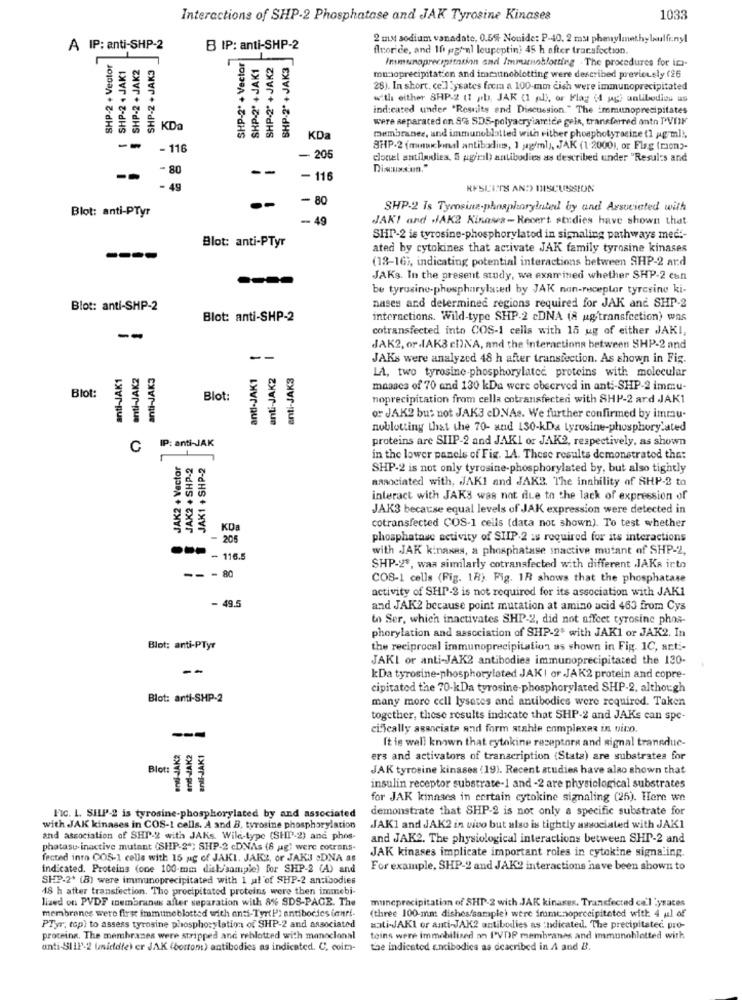
Interactions of SHP-2 Phosphatase and JAK Tyrosine Kinases
1033
2 mM sodium vanadate, 0.5% Nonide: P-40, 2 ms phenylmethylwulfenyl
A IP: anti-SHP-2
B IP: anti-SHP-2
fluoride, and 10 przonl leupoptin; 45 h after transfection.
SHP-2 + Vector
SHP-2 + JAK1
SHP-2 + JAK2
SHP-2* + Vector
SHP-2' +JAK1
SHP-2' + JAK2
SHP-2º + JAK3
Immumaprecipitation and Immuarnoblotting . The procedures for in-
SHP-2 + JAK3
mu:oprecipitation and immunoblotting were described previously (26
28). In short, ce.] Sysates freia a 100-mm dish were immunoprecipitated
with either SHP-2 (1 pb, JAK (1 pl), or Flag ( g) unlibodiou us
indicated under "Resuits and Discussion." The immunoprecipitates
were separated on 8% SDS-polyacrylamide geis, transferred antn PVIII
KDO
KDa
membranee, and immunoblatted with either phosphotyracine (1 pg ml !.
--
- 116
SHP-2 (minnickindl antibodies, 1 g/ml), JAK (1-2000), or Flag (rien"-
-205
clonel antiladies, 5 agirl) antibodies as described under "Results and
-80
--
--
-116
- 49
RESULTS AND DISCUSSION
-80
Blot: anti-PTyr
SHP-2 Is Tymsina-phosphorylated by and Associated with
- 49
JAK! and JAK2 Kinasa- Recert studies have shown that
Blot: anti-PTyr
SHT-2 is tyrosine-phosphorylatod in signaling pathways med :-
ated by cytokines that activate JAK family tyrosine kinases
(13-16), indicating potential interactions between SHP-2 and
JAKs. In the present study, wa examined whether SHP-2 can
be tyrosine-phospharylated by JAK nan-receptor tyrcrine ki-
Blot: anti-SHP-2
nases and determined regions required for JAK anc SHP-2
Blot: anti-SHP-2
interactions. Wild-type SHP-2 cDNA (8 ug'transfection) was
cotransfected into COS-1 cells with 15 ug of either JAKI,
--
JAK2, or JAK3 cl)NA, and the interactions between SHP-2 and
--
JAKs were analyzed 48 h after transfection. As shown in Fig.
anti-JAK1
anti-JAK2
anti-JAK3
anti-JAK1
anti-JAK2
anti-JAK3
LA, two tyrosine-phosphorylatec. proteins with molecular
maasca of 70 and 130 kDa were obecrved in anti-SHP-2 immu-
Blot:
Blot:
noprecipitation from cella cotransfected with 8HP-2 ard JAK1
or JAK2 but not JAK3 cD.NAs. We further confirmed by immu-
noblotting that the 70- and 130-kDa tyrosine-phosphory'ated
proteins are SIIP-2 and JAK1 or JAK2, respectively, as shown
C IP: anti-JAK
JAK2 + Vector
JAK2 + SHP-2
JAK1 + SHP-2
in the lower panels of Fig. 14. These results demonstrated that
SHP-2 is not only tyrosine-phosphorylated by, but also tightly
aasociated with, JAKI and JAK2. The inability of SHP-2 to
interact with JAKS was not due to the lack of expression of
JAK3 because equal levels of JAK expression were detected in
KDa
cotransfected COS-1 cells (data not shown). To test whether
- 205
phosphatase activity of SHIP.2 as required for its interactions
with JAK kinases, a phosphatase mactive mutant of SHP-2,
.-- - 116.5
SHP-23, waa similarly cotransfected with different JAKR into
-- - 80
COS-1 cells (Fig. 18). Fig. 1R shows that the phosphatase
activity of SHP-2 is not required for its association with JAK1
- 49.5
and JAK2 because point mutation at amino acid 463 from Cys
to Ser, which inactivates SHP-2, did not affect tyrosine phos-
phorylation and association of SHP-2' with JAK1 or JAK2. In
Blot: anti-PTyr
the reciprocal immunoprecipitation as shown in Fig. 1C, anti-
JAKI or anti-JAK2 antibodies immunoprecipitated the 130-
--
kDa tyrosine-phosphorylated JAK ! or JAK2 protein and copre-
cipitated the 70-kDa tyrosine-phosphorylated SHP-2, although
Blot: anti-SHP-2
many more cell lysetes and antibodies were required. Taken
together, these results indicate that SHP-2 and JAKs can spe-
cifically asanciate and form stahle complexes in vino.
enti-JAK2
and-JAK2
anti-JAK1
It is well known that cytokine reseptore and signal transdue-
ers and activators of transcription (Stata) are subatrates for
JAK tyrosine kinases (19). Recent studies have alao shown that
insulin receptor substrate-1 and -2 are physiological substrates
for JAK kinnaes in certain cytokine signaling (25). Here we
demonstrate that SHP-2 is not only a specific substrate for
FIC. L. SHLP-2 is tyrosine-phosphorylated by and associated
with JAK kinases in COS-1 cells. A and B, tyrosine phosphorylation
JAK1 and JAK2 in vivo but also is tightly associated with JAK1
and association of SHI-2 with JAKs. Wild-type (SHIP-2) and phos
and JAK2. The physiological interactions between SHP-2 and
phatasu inactive mutant (SHP-2"; SHP-2 cDNAs (8 ug) were cotrans-
JAK kinases implicate important roles in cytokine signaling.
fected into COS-1 celle with 15 ag of JAKI. JAKZ, or JAKJ .DNA as
indicated. Proteins (one 100-mm dick/sample) for SHP-2 (A) and
For example, SHP-2 and JAK2 interactions have been shown to
SHP-2+ (8) were immunoprecipitated with 1 al of SHP-2 antibodies
18 h atter transfection. The precipitated proteins were then immebi
lized on PVDF membranes after separation with 8% SDS-PAGE. The
muneprecipitation of SHT-2 with JAK kinases. Transfected co'l 'ysaces
membranes were first immuneblotted with anti-TyrtPi antibodies ianri-
(three 100-mm dishes/sample) were immensoprecipitated with 4 ul of
PTyr, top) to assess tyrosine phosphorylation of SHP-2 and associated
nati-JAKI or anti-JAK2 antibodies as :ndicated. The precipitated. pro-
proceina. The membranes were stripped and reblotted with monoclonal
toins were immobilized an PVDF membranas and immunoblotted with
anti-SLIP-2 Uniddie) er JAK (bortont) antibodies as indicated. C. coim-
the indicated antibodies as dcacribed in A and B.